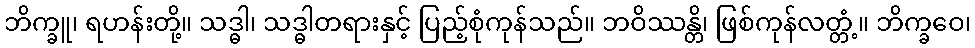
ဘိက္ခူ၊ ရဟန်းတို့။ သဒ္ဓါ၊ သဒ္ဓါတရားနှင့် ပြည့်စုံကုန်သည်။ ဘဝိဿန္တိ၊ ဖြစ်ကုန်လတ္တံ့။ ဘိက္ခဝေ၊